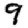
Digit: 9